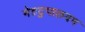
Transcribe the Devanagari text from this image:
मेटटुपालयम